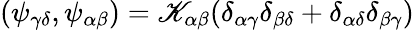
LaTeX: (\psi_{\gamma\delta},\psi_{\alpha\beta})=\mathscr{K}_{\alpha\beta}(\delta_{\alpha\gamma}\delta_{\beta\delta}+\delta_{\alpha\delta}\delta_{\beta\gamma})